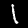
Digit: 1